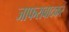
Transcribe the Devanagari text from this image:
जाफराबादकर